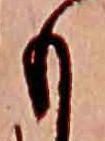
も